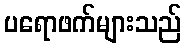
ပရောဖက်များသည်